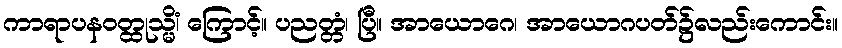
ကာရာပနဝတ္ထုသ္မိံ၊ ကြောင့်။ ပညတ္တံ၊ ပြီ။ အာယောဂေ၊ အာယောဂပတ်၌လည်းကောင်း။